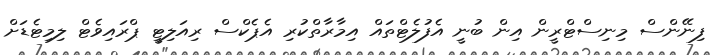
ފިނޭންސް މިނިސްޓްރީން އިން ބުނީ އެފުލެޓްތައް އިމާރާތްކުރި އެޕެކްސް ރިއަލިޓީ ޕްރައިވެޓް ލިމިޓެޑަށް